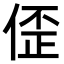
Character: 𫣀